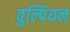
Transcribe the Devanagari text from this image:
वुल्पियन